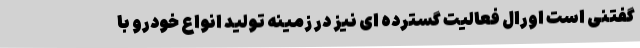
گفتنی است اورال فعالیت گسترده ای نیز در زمینه تولید انواع خودرو با